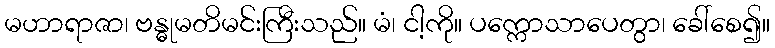
မဟာရာဇာ၊ ဗန္ဓုမတိမင်းကြီးသည်။ မံ၊ ငါ့ကို။ ပက္ကောသာပေတွာ၊ ခေါ်စေ၍။